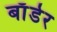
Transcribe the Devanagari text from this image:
बाॅर्डर